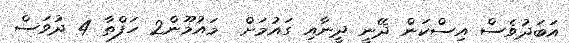
އަބަދުވެސް އިސްކަން ދޭނީ ދީނާއި ގައުމަށް  މައުމޫން2 ހަފްތާ 4 ދުވަސް